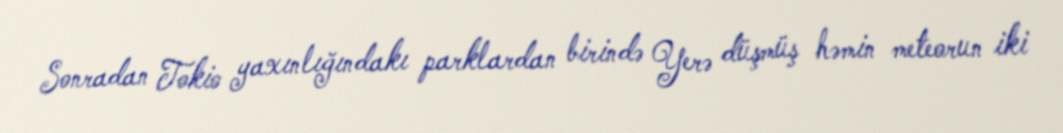
Sonradan Tokio yaxınlığındakı parklardan birində Yerə düşmüş həmin meteorun iki